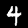
Digit: 4